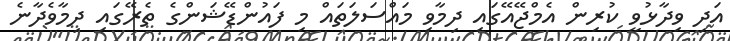
އަދި ވިދާޅުވީ ކުރިން އެމްޖޭއޭގައި ދިމާވި މައްސަލަތައް މި ފައުންޑޭޝަންގެ ތެރޭގައި ދިމާވެދާނެ